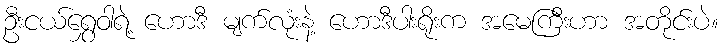
ဦးငယ်ရွှေဝါရဲ့ ဟောဒီ မျက်လုံးနဲ့ ဟောဒီပါးရိုးက အမေကြီးဟာ အတိုင်းပဲ။